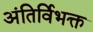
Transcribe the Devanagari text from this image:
अंतिर्विभक्त